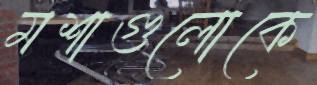
মশাগুলোকে